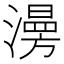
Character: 澷